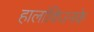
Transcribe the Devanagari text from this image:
हालांकिउनके